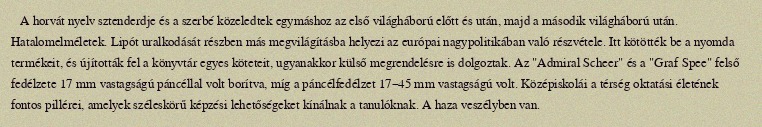
A horvát nyelv sztenderdje és a szerbé közeledtek egymáshoz az első világháború előtt és után, majd a második világháború után. Hatalomelméletek. Lipót uralkodását részben más megvilágításba helyezi az európai nagypolitikában való részvétele. Itt kötötték be a nyomda termékeit, és újították fel a könyvtár egyes köteteit, ugyanakkor külső megrendelésre is dolgoztak. Az "Admiral Scheer" és a "Graf Spee" felső fedélzete 17 mm vastagságú páncéllal volt borítva, míg a páncélfedélzet 17–45 mm vastagságú volt. Középiskolái a térség oktatási életének fontos pillérei, amelyek széleskörű képzési lehetőségeket kínálnak a tanulóknak. A haza veszélyben van.